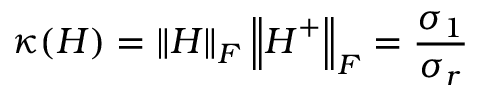
\kappa ( \boldsymbol { H } ) = \left\| \boldsymbol { H } \right\| _ { F } \left\| \boldsymbol { H } ^ { + } \right\| _ { F } = \frac { \sigma _ { 1 } } { \sigma _ { r } }